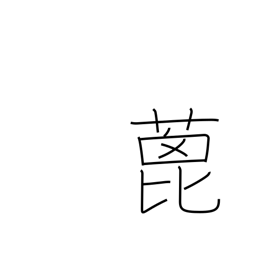
Meaning: castor-oil plant